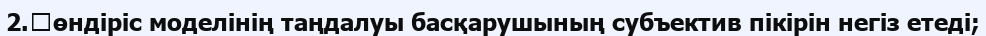
2.	өндіріс моделінің таңдалуы басқарушының субъектив пікірін негіз етеді;